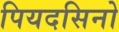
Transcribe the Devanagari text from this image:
पियदसिनो